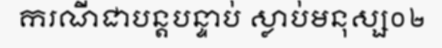
ករណីជាបន្តបន្ទាប់ ស្លាប់មនុស្ស០២